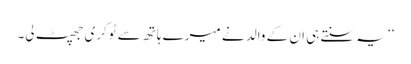
‘‘ یہ سنتے ہی ان کے والد نے میرے ہاتھ سے ٹوکری جھپٹ لی۔